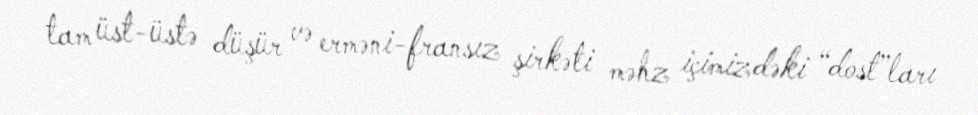
tam üst-üstə düşür və erməni-fransız şirkəti məhz içimizdəki “dost”ları